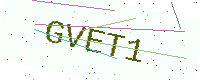
Text: GVET1